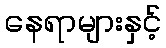
နေရာများနှင့်